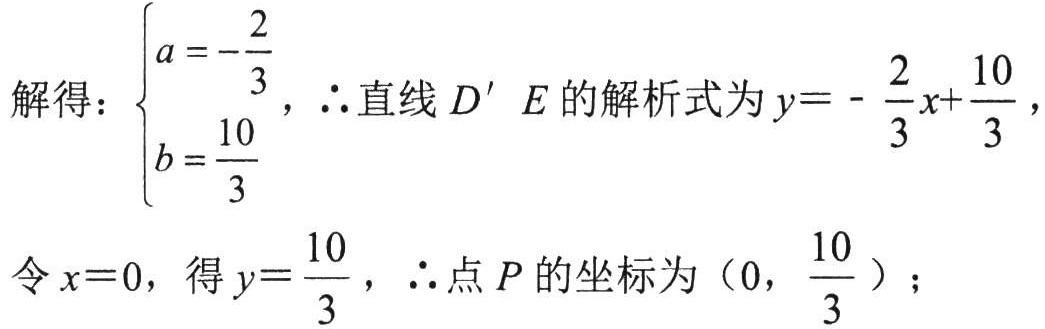
解得：$\begin{cases}a = -\dfrac{2}{3}\\b = \dfrac{10}{3}\end{cases}$，$\therefore$直线$D'E$的解析式为$y = -\dfrac{2}{3}x+\dfrac{10}{3}$，
令$x = 0$，得$y=\dfrac{10}{3}$，$\therefore$点$P$的坐标为$\left(0,\dfrac{10}{3}\right)$；